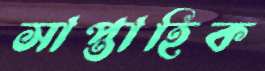
সাপ্তাহিক